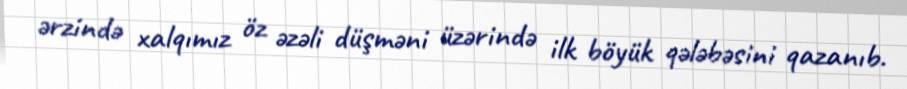
ərzində xalqımız öz əzəli düşməni üzərində ilk böyük qələbəsini qazanıb.